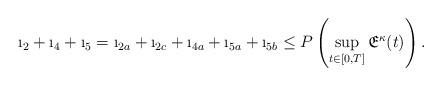
LaTeX: \begin{align*}\i_2+\i_4+\i_5=\i_{2a}+\i_{2c}+\i_{4a}+\i_{5a}+\i_{5b}\le P\left(\sup_{t\in[0,T]} \mathfrak{E}^{\kappa}(t)\right).\end{align*}